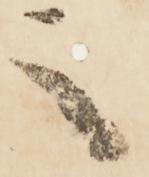
之